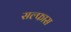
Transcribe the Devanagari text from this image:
सल्फास